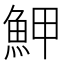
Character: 魻